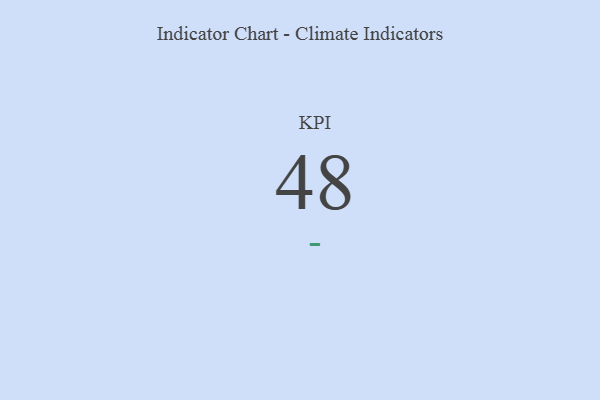
{"axis": {"x": "KPI", "y": "Value"}, "legend": [""], "data": [{"x": "KPI", "y": 48, "type": ""}]}